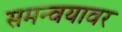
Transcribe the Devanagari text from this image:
समन्वयावर